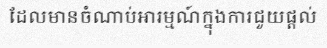
ដែលមានចំណាប់អារម្មណ៍ក្នុងការជួយផ្តល់